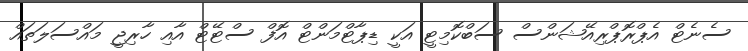
ސެނެޓް އެޕްރޮޕްރިއޭޝަންސް ސަބްކޮމިޓީ އަކީ ޑިޕާޓްމަންޓް އޮފް ސްޓޭޓް އާއި ހާރިޖީ މައްސަލަތައް